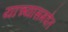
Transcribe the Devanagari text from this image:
याच्यासमवेत